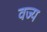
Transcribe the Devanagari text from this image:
वज्य